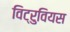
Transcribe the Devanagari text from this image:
विट्रुवियस